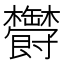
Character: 𣡡